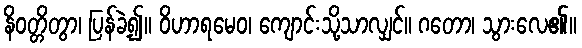
နိဝတ္တိတွာ၊ ပြန်ခဲ့၍။ ဝိဟာရမေဝ၊ ကျောင်းသို့သာလျှင်။ ဂတော၊ သွားလေ၏။